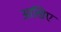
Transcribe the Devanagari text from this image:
आखिए